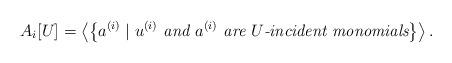
LaTeX: \begin{align*}A_i[U] = \left\langle\left\lbrace a^{(i)} \mid u^{(i)} \textit{ and } a^{(i)} \textit{ are } U\textit{-incident monomials}\right\rbrace\right\rangle.\end{align*}